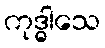
ကုဒ္ဓါသေ